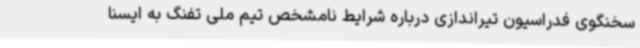
سخنگوی فدراسیون تیراندازی درباره شرایط نامشخص تیم ملی تفنگ به ایسنا